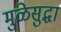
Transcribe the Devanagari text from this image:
मुळेसुद्धा